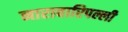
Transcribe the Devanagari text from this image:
नारावारिपल्ली